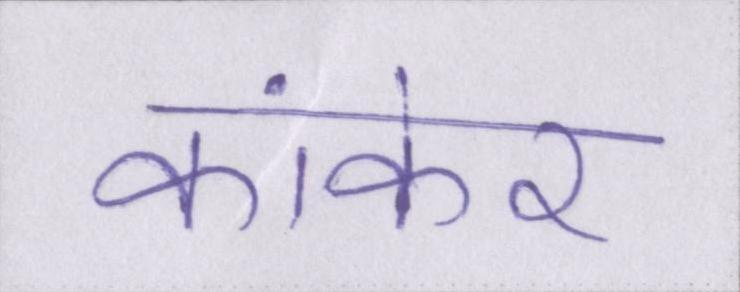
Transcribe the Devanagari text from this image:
कांकेर